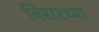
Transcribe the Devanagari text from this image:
विरारच्या